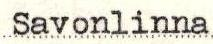
Savonlinna